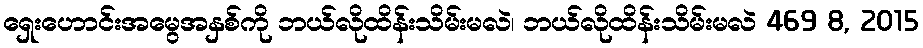
ရှေးဟောင်းအမွေအနှစ်ကို ဘယ်လိုထိန်းသိမ်းမလဲ၊ ဘယ်လိုထိန်းသိမ်းမလဲ 469 8, 2015